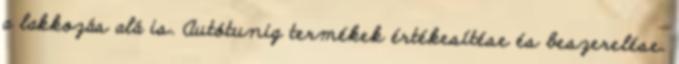
a lakkozás alá is. Autótunig termékek értékesítése és beszerelése.